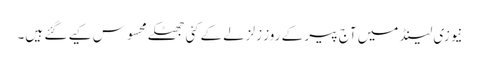
نیوزی لینڈ میں آج پیر کے روز زلزلےکےکئی جھٹکے محسوس کیے گئے ہیں۔